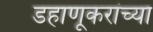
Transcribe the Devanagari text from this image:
डहाणूकरांच्या